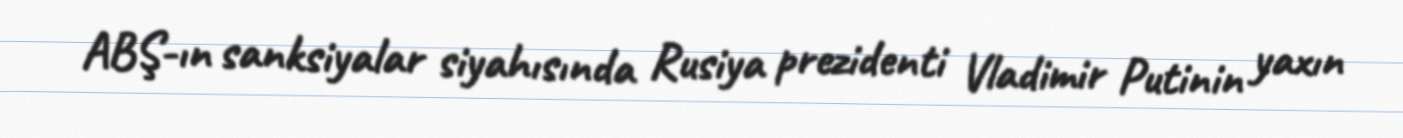
ABŞ-ın sanksiyalar siyahısında Rusiya prezidenti Vladimir Putinin yaxın